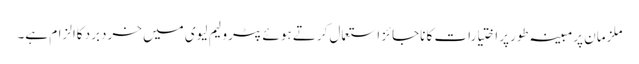
ملزمان پرمبینہ طورپر اختیارات کا ناجائز استعمال کرتے ہوئے پٹرولیم لیوی میں خردبرد کاالزام ہے۔